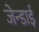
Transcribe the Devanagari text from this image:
जेन्‍डाई